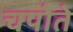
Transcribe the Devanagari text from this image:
चपोते